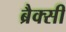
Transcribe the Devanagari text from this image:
ब्रैक्सी